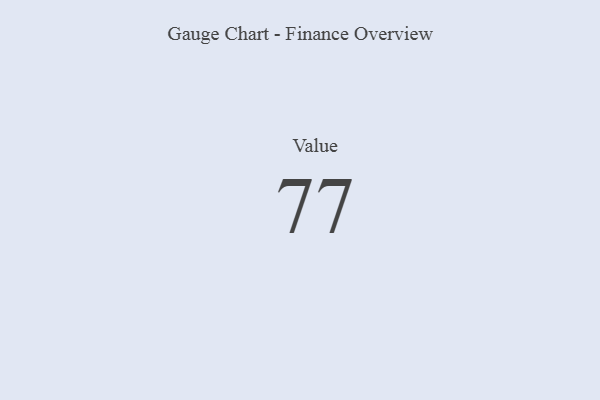
{"axis": {"x": "Metric", "y": "Value"}, "legend": [""], "data": [{"x": "Value", "y": 77, "type": ""}]}